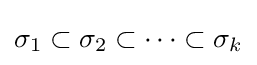
\sigma _{1}\subset \sigma _{2}\subset \cdots \subset \sigma _{k}